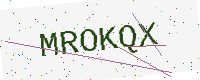
Text: MROKQX